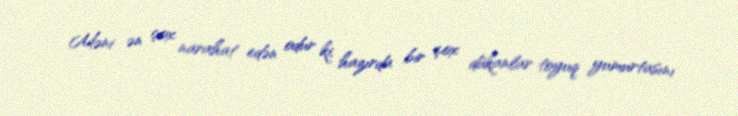
Məni ən çox narahat edən odur ki, hazırda bir çox dükanlar toyuq yumurtasını